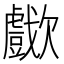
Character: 𣤴